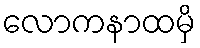
လောကနာထမှိ